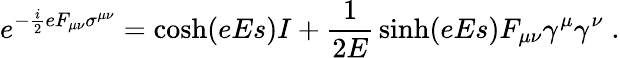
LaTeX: e^{-\frac{i}2eF_{\mu\nu}\sigma^{\mu\nu}}=\cosh(eEs)I+{\frac{1}{2E}}\sinh(eEs)F_{\mu\nu}\gamma^{\mu}\gamma^{\nu}\; .